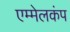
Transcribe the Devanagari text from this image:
एम्मेलकंप